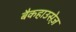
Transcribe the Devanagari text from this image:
बैकहाउसेज़